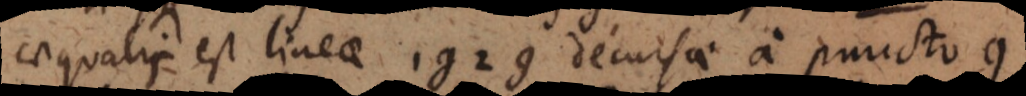
aequalis est lineae 1g2g decursae a puncto g,